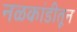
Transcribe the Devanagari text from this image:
नळकांडीतून